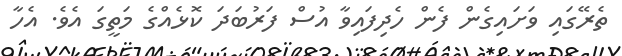
ތެރޭގައި ވަށައިގެން ފެން ހެދިފައިވާ އުސް ފަރުބަދަ ކޮޅެއްގެ މަތީގަ އެވެ. އެހާ